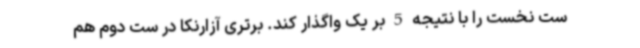
ست نخست را با نتیجه 5 بر یک واگذار کند. برتری آزارنکا در ست دوم هم